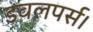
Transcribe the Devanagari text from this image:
डवलपर्स।